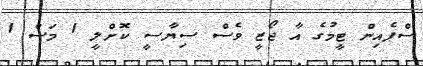
ސްޕެއިން ޓީމުގެ އާ ޖޯޒީ ވެސް ސިޔާސީ ކޮށްލީ 1 މަސް 1